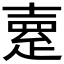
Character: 𤴞